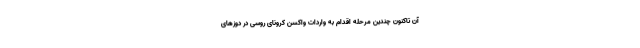
آن تاکنون چندین مرحله اقدام به واردات واکسن کرونای روسی در دوز‌های